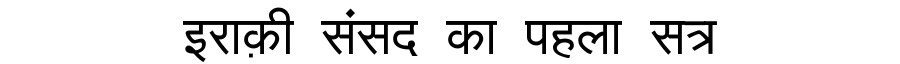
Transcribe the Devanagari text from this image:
इराक़ी संसद का पहला सत्र